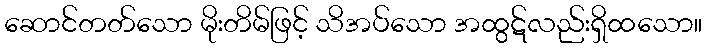
ဆောင်တတ်သော မိုးတိမ်ဖြင့် သိအပ်သော အထွဋ်လည်းရှိထသော။